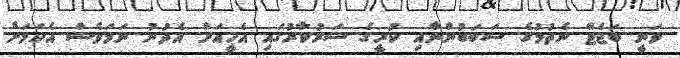
ވަނީ ބަޖެޓް ނެތުމުގެ ސަބަބުންނާއި ކުރީގެ ސަރުކާރުގައި އެހީއަށް އެދުނު ނަމަވެސް އެކަމަށް